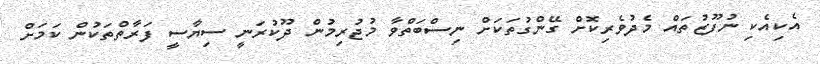
އެކިއެކި ނުފޫޒުތައް މެދުވެރިކޮށް ގޭންގުތަކަށް ނިސްބަތްވާ މުޖުރިމުން ދޫކުރަނީ ސިޔާސީ ފަރާތްތަކުން ކަމަށް